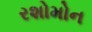
રશોમોન